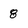
Character: 8